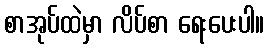
စာအုပ်ထဲမှာ လိပ်စာ ရေးပေးပါ။